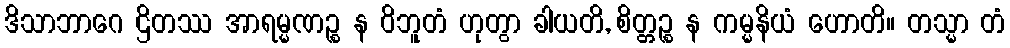
ဒိသာဘာဂေ ဌိတဿ အာရမ္မဏဉ္စ န ဝိဘူတံ ဟုတွာ ခါယတိ, စိတ္တဉ္စ န ကမ္မနိယံ ဟောတိ။ တသ္မာ တံ